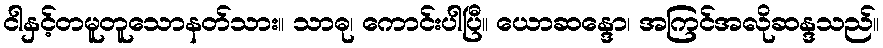
ငါနှင့်တမူတူသောနတ်သား။ သာဓု၊ ကောင်းပါပြီ။ ယောဆန္ဒော၊ အကြင်အလိုဆန္ဒသည်။